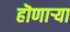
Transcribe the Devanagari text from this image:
हॊणाऱ्या